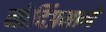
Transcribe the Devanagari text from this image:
नोदिंप्रमाणे